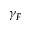
\gamma _ { F }